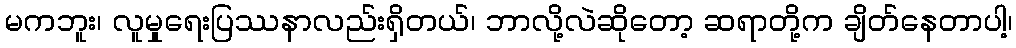
မကဘူး၊ လူမှုရေးပြဿနာလည်းရှိတယ်၊ ဘာလို့လဲဆိုတော့ ဆရာတို့က ချိတ်နေတာပါ့၊